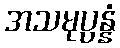
အသမုပ္ပန္နံ